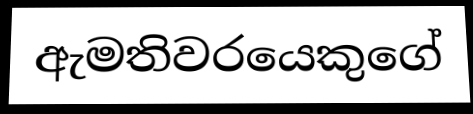
ඇමතිවරයෙකුගේ